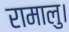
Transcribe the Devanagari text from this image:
रामालु।